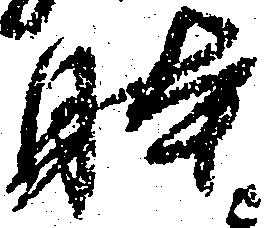
躰